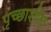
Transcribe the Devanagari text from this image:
पृच्छाशील